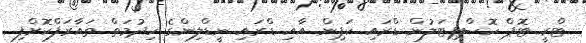
ޓްރީ ޓޮޕް ހޮސްޕިޓަލުން ޑްރައި ކަޕިން އާއި ޑްރައި ނީޑްލިންގެ ހިދުމަތް ތައާރަފްކޮށްފި